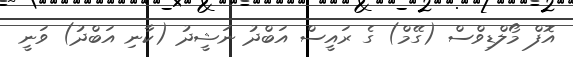
އޮފް މޯލްޑިވްސް (ގޭމް) ގެ ރައީސް އަބްދު ނަޝީދު (ކާނި އަބްދު) ވަނީ